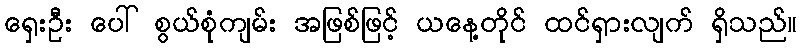
ရှေးဦး ပေါ် စွယ်စုံကျမ်း အဖြစ်ဖြင့် ယနေ့တိုင် ထင်ရှားလျက် ရှိသည်။